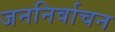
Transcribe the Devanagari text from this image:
जननिर्वाचन